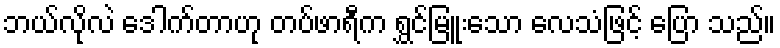
ဘယ်လိုလဲ ဒေါက်တာဟု တပ်ဖာရီက ရွှင်မြူးသော လေသံဖြင့် ပြော သည်။